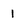
Character: 1